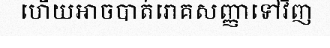
ហើយអាចបាត់រោគសញ្ញាទៅវិញ